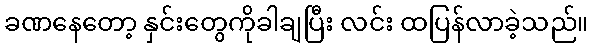
ခဏနေတော့ နှင်းတွေကိုခါချပြီး လင်း ထပြန်လာခဲ့သည်။